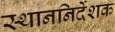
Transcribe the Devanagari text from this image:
स्थाननिर्देशक